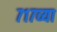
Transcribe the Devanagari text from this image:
७१७व्या